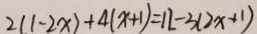
2 ( 1 - 2 x ) + 4 ( x + 1 ) = 1 2 - 3 ( 2 x + 1 )